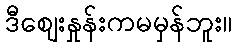
ဒီဈေးနှုန်းကမမှန်ဘူး။